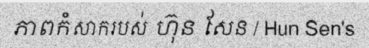
ភាពកំសាករបស់ ហ៊ុន សែន / Hun Sen's